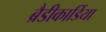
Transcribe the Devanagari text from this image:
ब्रैडीकार्डिया